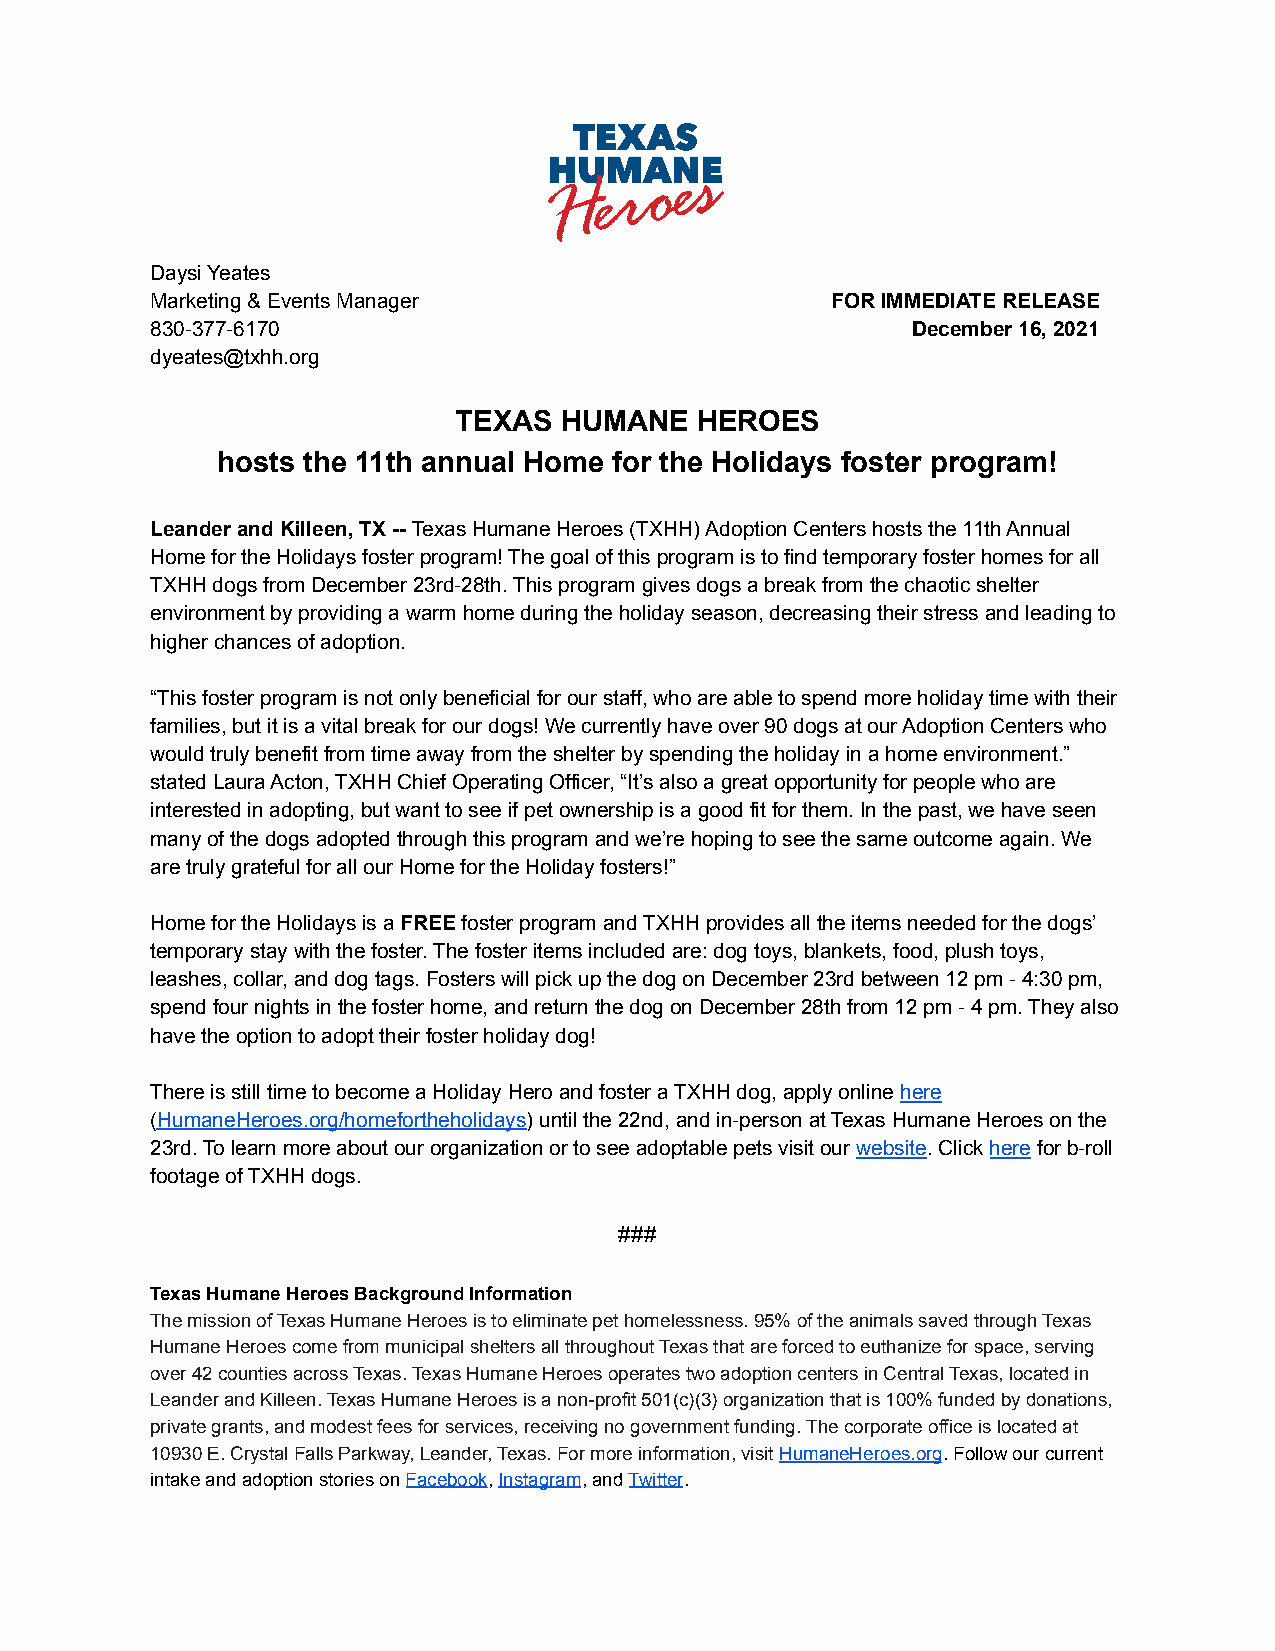
Daysi Yeates
 Marketing & Events Manager                   FOR IMMEDIATE RELEASE
 830-377-6170                                      December 16, 2021
 dyeates@txhh.org
 TEXAS  HUMANE   HEROES
 hosts the 11th annual Home for the Holidays foster program!
 Leander and Killeen, TX --Texas Humane Heroes (TXHH)Adoption Centers hosts the 11th Annual
 Home for the Holidays foster program! The goal of this program is to find temporary foster homes for all
 TXHH dogs from December 23rd-28th. This program gives dogs a break from the chaotic shelter
 environment by providing a warm home during the holiday season, decreasing their stress and leading to
 higher chances of adoption.
 “This foster program is not only beneficial for our staff, who are able to spend more holiday time with their
 families, but it is a vital break for our dogs! We currently have over 90 dogs at our Adoption Centers who
 would truly benefit from time away from the shelter by spending the holiday in a home environment.”
 stated Laura Acton, TXHH Chief Operating Officer, “It’s also a great opportunity for people who are
 interested in adopting, but want to see if pet ownership is a good fit for them. In the past, we have seen
 many of the dogs adopted through this program and we’re hoping to see the same outcome again. We
 are truly grateful for all our Home for the Holiday fosters!”
 Home for the Holidays is aFREEfoster program andTXHH provides all the items needed for the dogs’
 temporary stay with the foster. The foster items included are: dog toys, blankets, food, plush toys,
 leashes, collar, and dog tags. Fosters will pick up the dog on December 23rd between 12 pm - 4:30 pm,
 spend four nights in the foster home, and return the dog on December 28th from 12 pm - 4 pm. They also
 have the option to adopt their foster holiday dog!
 There is still time to become a Holiday Hero and foster a TXHH dog, apply onlinehere
 (HumaneHeroes.org/homefortheholidays) until the 22nd,and in-person at Texas Humane Heroes on the
 23rd. To learn more about our organization or to see adoptable pets visit ourwebsite. Clickhereforb-roll
 footage of TXHH dogs.
 ###
 Texas Humane Heroes Background Information
 The mission of Texas Humane Heroes is to eliminate pet homelessness. 95% of the animals saved through Texas
 Humane Heroes come from municipal shelters all throughout Texas that are forced to euthanize for space, serving
 over 42 counties across Texas. Texas Humane Heroes operates two adoption centers in Central Texas, located in
 Leander and Killeen. Texas Humane Heroes is a non-profit 501(c)(3) organization that is 100% funded by donations,
 private grants, and modest fees for services, receiving no government funding. The corporate office is located at
 10930 E. Crystal Falls Parkway, Leander, Texas. For more information, visitHumaneHeroes.org. Followour current
 intake and adoption stories onFacebook,Instagram,andTwitter.